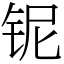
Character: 铌